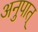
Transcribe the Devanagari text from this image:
अनुपात्